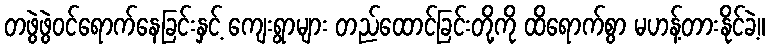
တဖွဲဖွဲဝင်ရောက်နေခြင်းနှင့် ကျေးရွာများ တည်ထောင်ခြင်းတို့ကို ထိရောက်စွာ မဟန့်တားနိုင်ခဲ့။